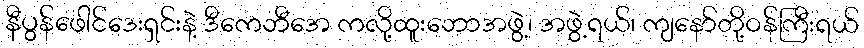
နီပွန်ဖေါင်ဒေးရှင်းနဲ့ ဒီကေဘီအေ ကလို့ထူးဘောအဖွဲ့၊ အဖွဲ့ရယ်၊ ကျနော်တို့ဝန်ကြီးရယ်